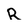
Character: R